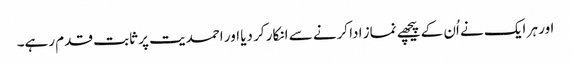
اور ہر ایک نے اُن کے پیچھے نماز ادا کرنے سے انکار کر دیا اور احمدیت پر ثابت قدم رہے۔